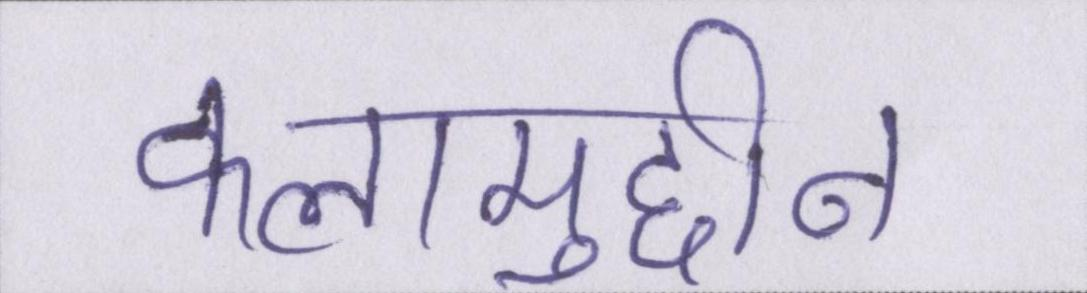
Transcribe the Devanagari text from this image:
कलामुद्दीन